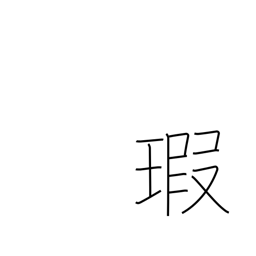
Meaning: flaw